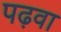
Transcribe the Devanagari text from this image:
पढ़वा